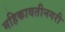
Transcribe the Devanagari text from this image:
महिकावतीनगरी